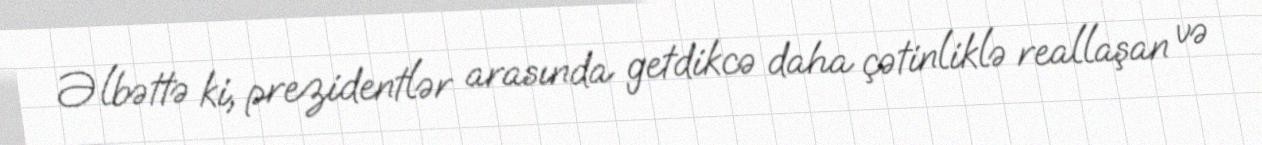
Əlbəttə ki, prezidentlər arasında getdikcə daha çətinliklə reallaşan və